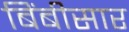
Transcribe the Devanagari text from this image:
बिंबीसार